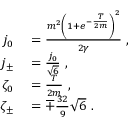
\begin{array} { r l } { j _ { 0 } } & { { } = \frac { m ^ { 2 } \left( 1 + e ^ { - \frac { T } { 2 m } } \right) ^ { 2 } } { 2 \gamma } \ , } \\ { j _ { \pm } } & { { } = \frac { j _ { 0 } } { \sqrt { 6 } } \ , } \\ { \zeta _ { 0 } } & { { } = \frac { T } { 2 m } \ , } \\ { \zeta _ { \pm } } & { { } = \mp \frac { 3 2 } { 9 } \sqrt { 6 } \ . } \end{array}